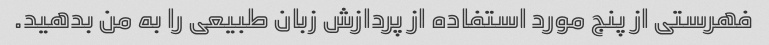
فهرستی از پنج مورد استفاده از پردازش زبان طبیعی را به من بدهید.